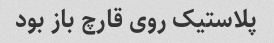
پلاستیک روی قارچ باز بود